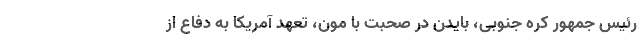
رئیس جمهور کره جنوبی، بایدن در صحبت با مون، تعهد آمریکا به دفاع از